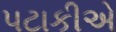
પટાકીએ